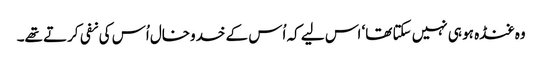
وہ غنڈہ ہو ہی نہیں سکتا تھا‘ اس لیے کہ اُس کے خدوخال اُس کی نفی کرتے تھے۔